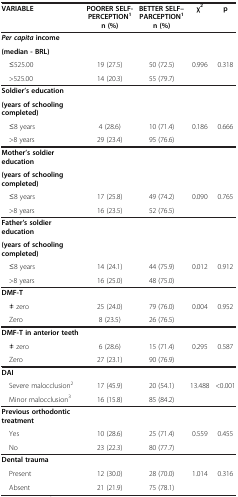
| VARIABLE | POORER SELF-PERCEPTION1n (%) | BETTER SELF–PARCEPTION1n (%) | χ2 | p |
 | --- | --- | --- | --- | --- |
 | Per capita income |  |  |  |  |
 | (median - BRL) |  |  |  |  |
 | ≤525.00 | 19 (27.5) | 50 (72.5) | 0.996 | 0.318 |
 | >525.00 | 14 (20.3) | 55 (79.7) |  |  |
 | Soldier’s education |  |  |  |  |
 | (years of schooling completed) |  |  |  |  |
 | ≤8 years | 4 (28.6) | 10 (71.4) | 0.186 | 0.666 |
 | >8 years | 29 (23.4) | 95 (76.6) |  |  |
 | Mother’s soldier education |  |  |  |  |
 | (years of schooling completed) |  |  |  |  |
 | ≤8 years | 17 (25.8) | 49 (74.2) | 0.090 | 0.765 |
 | >8 years | 16 (23.5) | 52 (76.5) |  |  |
 | Father’s soldier education |  |  |  |  |
 | (years of schooling completed) |  |  |  |  |
 | ≤8 years | 14 (24.1) | 44 (75.9) | 0.012 | 0.912 |
 | >8 years | 16 (25.0) | 48 (75.0) |  |  |
 | DMF-T |  |  |  |  |
 | ≠ zero | 25 (24.0) | 79 (76.0) | 0.004 | 0.952 |
 | Zero | 8 (23.5) | 26 (76.5) |  |  |
 | DMF-T in anterior teeth |  |  |  |  |
 | ≠ zero | 6 (28.6) | 15 (71.4) | 0.295 | 0.587 |
 | Zero | 27 (23.1) | 90 (76.9) |  |  |
 | DAI |  |  |  |  |
 | Severe malocclusion2 | 17 (45.9) | 20 (54.1) | 13.488 | <0.001 |
 | Minor malocclusion3 | 16 (15.8) | 85 (84.2) |  |  |
 | Previous orthodontic treatment |  |  |  |  |
 | Yes | 10 (28.6) | 25 (71.4) | 0.559 | 0.455 |
 | No | 23 (22.3) | 80 (77.7) |  |  |
 | Dental trauma |  |  |  |  |
 | Present | 12 (30.0) | 28 (70.0) | 1.014 | 0.316 |
 | Absent | 21 (21.9) | 75 (78.1) |  |  |